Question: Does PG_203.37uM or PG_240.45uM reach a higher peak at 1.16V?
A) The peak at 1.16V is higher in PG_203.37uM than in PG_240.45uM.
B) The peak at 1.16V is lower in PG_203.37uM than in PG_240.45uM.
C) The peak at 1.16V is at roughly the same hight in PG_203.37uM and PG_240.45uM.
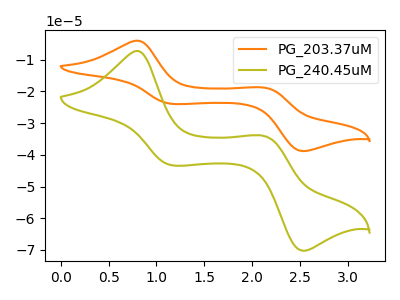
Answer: <think>The orange curve "PG_203.37uM" has anodic peaks at (0.80V, -4.00uA) (2.15V, -18.85uA) and cathodic peaks at (1.15V, -23.95uA) (2.55V, -38.80uA). The olive curve "PG_240.45uM" has anodic peaks at (0.80V, -7.25uA) (2.15V, -34.10uA) and cathodic peaks at (1.15V, -43.30uA) (2.55V, -70.25uA).</think>
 <answer>B) The peak at 1.16V is lower in "PG_203.37uM" than in "PG_240.45uM".</answer>
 <eval>B</eval>